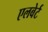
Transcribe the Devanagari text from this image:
एलबेर्ट